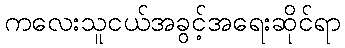
ကလေးသူငယ်အခွင့်အရေးဆိုင်ရာ